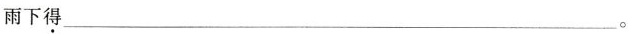
雨下\underset{·}{得}___。